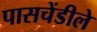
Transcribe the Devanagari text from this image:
पासचेंडीले